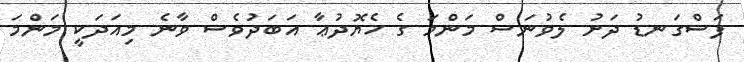
ފަސްގަނޑު ދަށު ލެވުނަސް މަންމަ ގެ ހެޔޮދުޢާ އަބަދުވެސް ވާނެ މިއަދަކީ މަންމަ